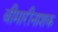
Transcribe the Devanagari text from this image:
बीमारीनाशक